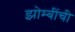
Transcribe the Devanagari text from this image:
झोम्बींची